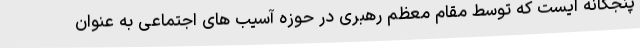
پنجگانه ایست که توسط مقام معظم رهبری در حوزه آسیب های اجتماعی به عنوان